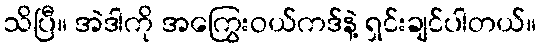
သိပြီ။ အဲဒါကို အကြွေးဝယ်ကဒ်နဲ့ ရှင်းချင်ပါတယ်။